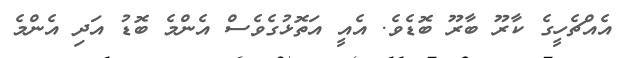
އެއްޗެހީގެ ކާރޫ ބާރޫ ބޮޑެވެ. އެއީ އަތޮޅުގެވެސް އެންމެ ބޮޑު އަދި އެންމެ